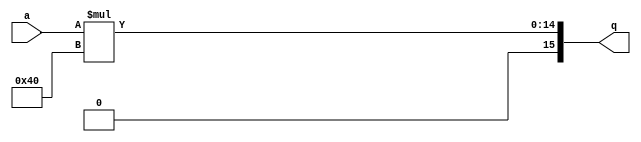
module test3_c(q, a);
output [15:0] q;
input [7:0] a;

assign q = a * 64;

endmodule